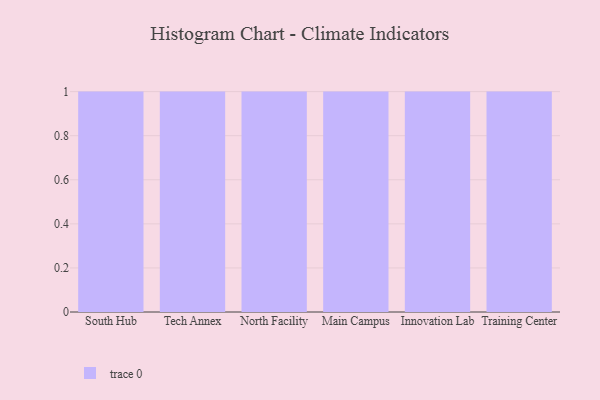
{"axis": {"x": "Campus", "y": "Bounce Rate (%)"}, "legend": [""], "data": [{"x": "South Hub", "y": 92, "type": ""}, {"x": "Tech Annex", "y": 83, "type": ""}, {"x": "North Facility", "y": 52, "type": ""}, {"x": "Main Campus", "y": 14, "type": ""}, {"x": "Innovation Lab", "y": 33, "type": ""}, {"x": "Training Center", "y": 39, "type": ""}]}